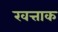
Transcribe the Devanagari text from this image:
खत्ताक